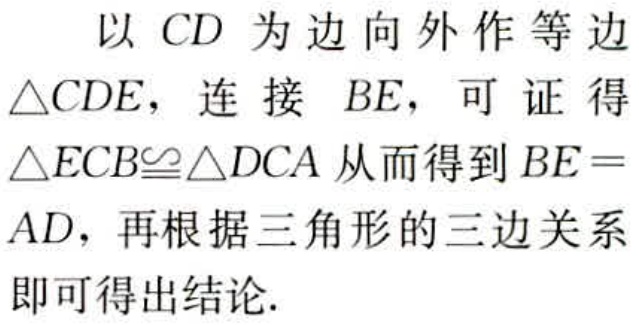
以 \(CD\) 为边向外作等边 \(\triangle CDE\)，连接 \(BE\)，可证得 \(\triangle ECB\cong\triangle DCA\) 从而得到 \(BE = AD\)，再根据三角形的三边关系即可得出结论.